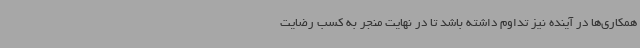
همکاری‌ها در آینده نیز تداوم داشته باشد تا در نهایت منجر به کسب رضایت